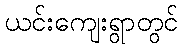
ယင်းကျေးရွာတွင်